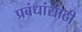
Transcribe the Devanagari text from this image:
प्रबंधांसाठी